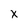
Character: x